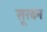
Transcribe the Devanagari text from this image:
सूरबन